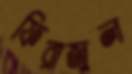
ফিরাজুল